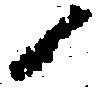
候